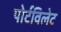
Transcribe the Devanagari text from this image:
पोर्टविलेट